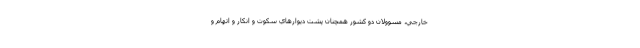
خارجي، مسوولان دو كشور همچنان پشت ديوارهاي سكوت و انكار و اتهام و